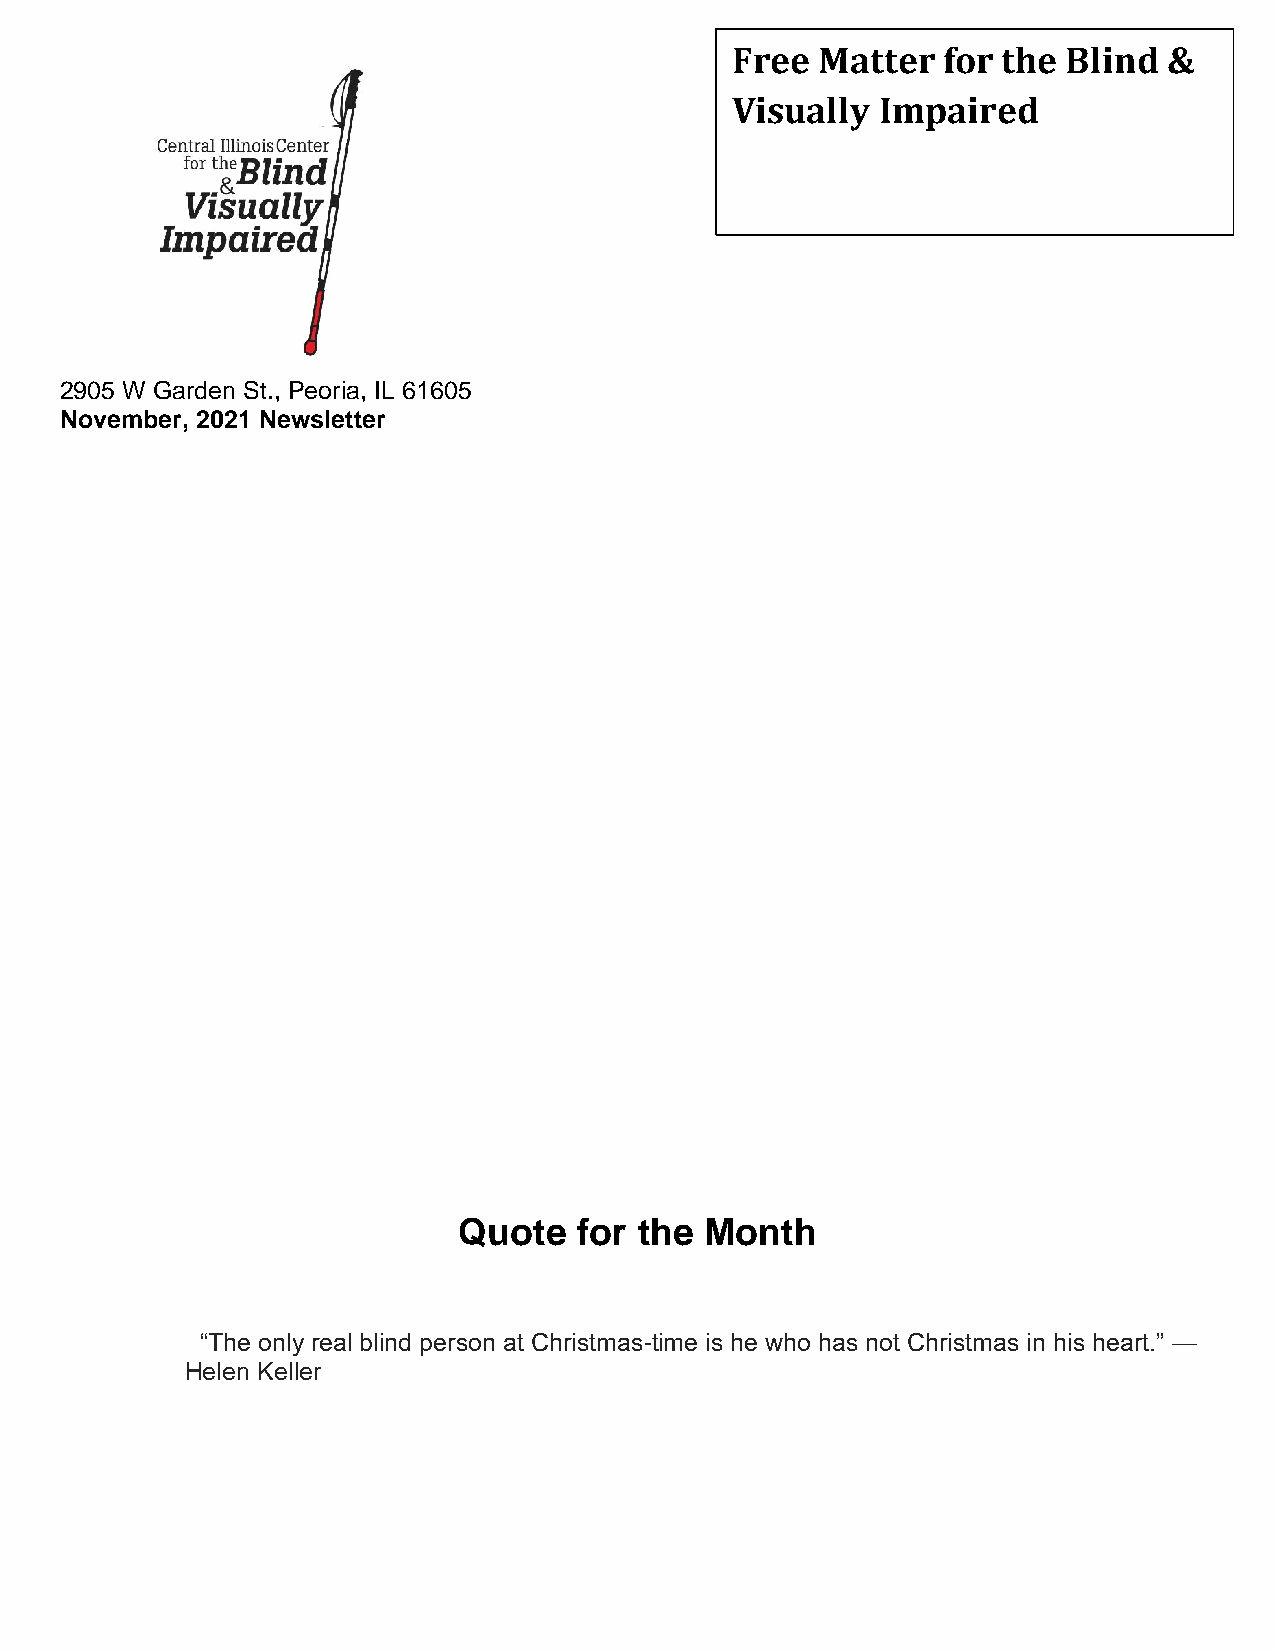
Free  Matter  for the  Blind &
 Visually  Impaired
 2905 W Garden St., Peoria, IL 61605
 November, 2021 Newsletter
 Quote   for the  Month
 “The only real blind person at Christmas-time is he who has not Christmas in his heart.” —
 Helen Keller